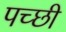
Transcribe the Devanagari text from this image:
पच्‍छी